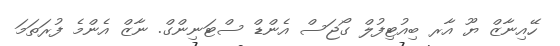
ހޭއިނާޒް ޔޫ އާރ ބިއުޓިފުލް ގޯޖަސް އެންޑް ސްޓަނިންގް. ނާޒް އެންމެ ފުރަތަމަ